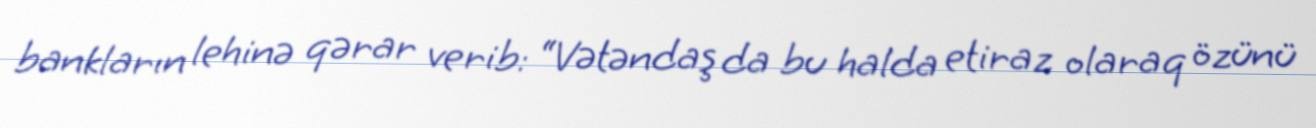
bankların lehinə qərar verib: “Vətəndaş da bu halda etiraz olaraq özünü